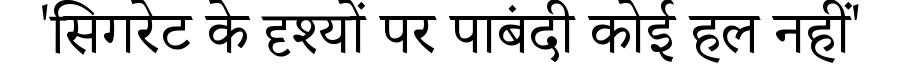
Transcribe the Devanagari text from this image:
'सिगरेट के दृश्यों पर पाबंदी कोई हल नहीं'